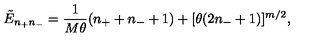
\tilde { E } _ { n _ { + } n _ { - } } = \frac { 1 } { M \theta } ( n _ { + } + n _ { - } + 1 ) + [ \theta ( 2 n _ { - } + 1 ) ] ^ { m / 2 } ,